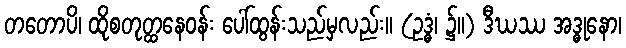
တတောပိ၊ ထိုစတုတ္ထနေဝန်း ပေါ်ထွန်းသည်မှလည်း။ (ဥဒ္ဓံ၊ ၌။) ဒီဃဿ အဒ္ဓုနော၊